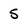
Character: 5